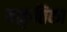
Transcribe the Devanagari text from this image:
यत्कृत्तिका